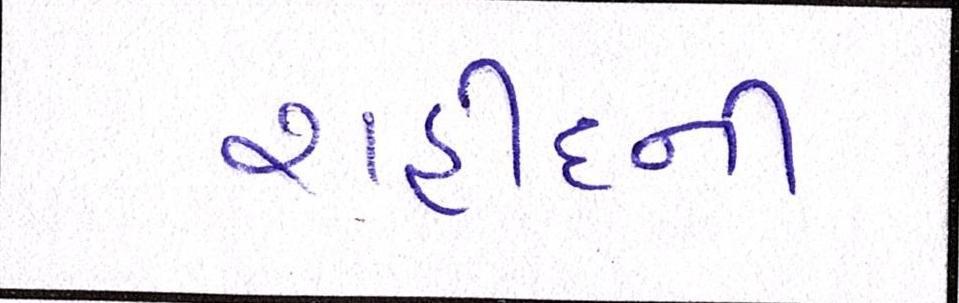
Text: શહીદની